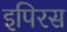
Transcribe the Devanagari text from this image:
इपिरस